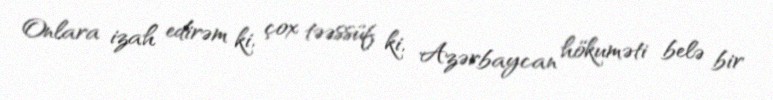
Onlara izah edirəm ki, çox təəssüf ki, Azərbaycan hökuməti belə bir